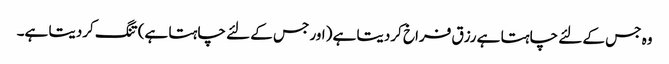
وہ جس کے لئے چاہتا ہے رزق فراخ کردیتا ہے (اور جس کے لئے چاہتا ہے) تنگ کردیتا ہے۔